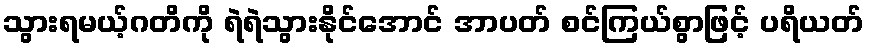
သွားရမယ့်ဂတိကို ရဲရဲသွားနိုင်အောင် အာပတ် စင်ကြယ်စွာဖြင့် ပရိယတ်